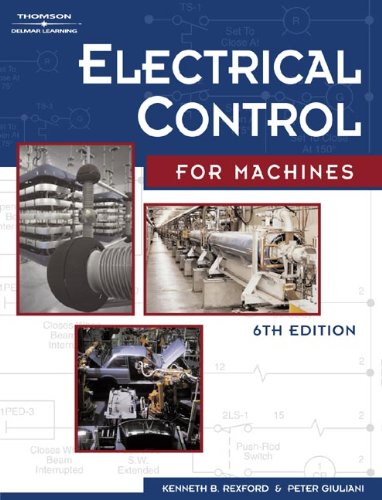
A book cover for Electrical Control for Machines, 6E; Peter R. Giuliani; Business & Money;